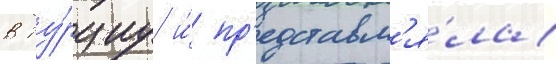
в ту́рциу и́ пр'едставл'я́ла